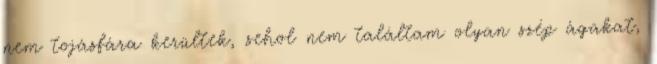
nem tojásfára kerültek, sehol nem találtam olyan szép ágakat,